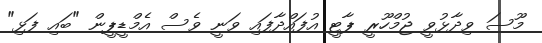
މޫސަ ވިދާޅުވީ ޖުމްހޫރީ ޕާޓީ އުފައްދާފައި ވަނީ ވެސް އެމްޑީޕީން "ބައި ފަޅި"